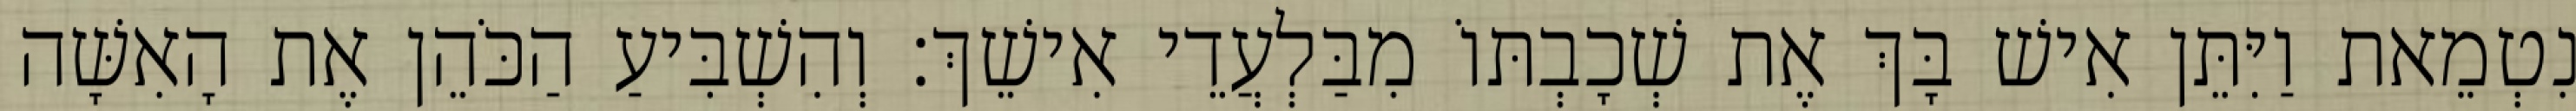
נִטְמֵאת וַיִּתֵּן אִישׁ בָּךְ אֶת שְׁכָבְתּוֹ מִבַּלְעֲדֵי אִישֵׁךְ׃ וְהִשְׁבִּיעַ הַכֹּהֵן אֶת הָאִשָּׁה